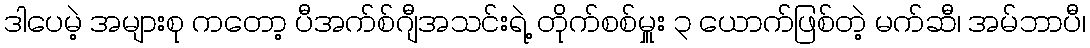
ဒါပေမဲ့ အများစု ကတော့ ပီအက်စ်ဂျီအသင်းရဲ့ တိုက်စစ်မှူး ၃ ယောက်ဖြစ်တဲ့ မက်ဆီ၊ အမ်ဘာပီ၊